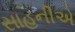
સાહનીએ